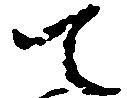
て